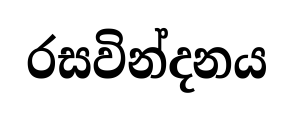
රසවින්දනය